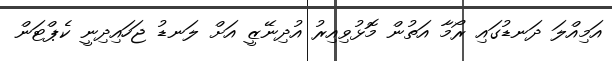
އަމިއްލަ ދަނޑުގައި ރޯމާ އަތުން މޮޅުވިއިރު އުދިނޭޒީ އަށް ލަނޑު ޖަހައިދިނީ ކެޕްޓަން